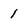
Character: I